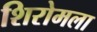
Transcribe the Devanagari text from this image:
शिरोमला